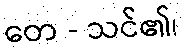
တေ - သင်၏၊